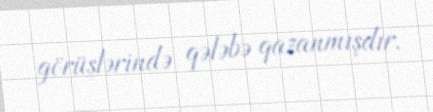
görüşlərində qələbə qazanmışdır.